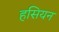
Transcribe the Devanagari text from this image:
हसियन